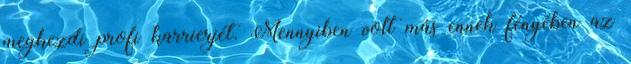
megkezdi profi karrierjét. Mennyiben volt más ennek fényében az